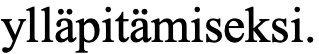
ylläpitämiseksi.